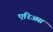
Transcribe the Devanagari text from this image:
एरिअस